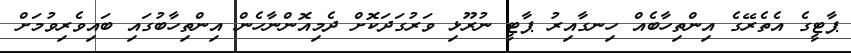
ޕާޓީގެ އެތެރޭގެ އިންތިހާބެއް ހިނގާއިރު ޕާޓީ ނުރޫޅި ވަރުގަދަކޮށް ދެމިއޮންނާހެން އިންތިހާބުގައި ބައިވެރިވުމަށް